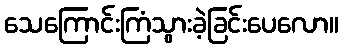
သေကြောင်းကြံသွားခဲ့ခြင်းပေလော။